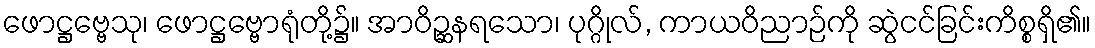
ဖောဋ္ဌဗ္ဗေသု၊ ဖောဋ္ဌဗ္ဗောရုံတို့၌။ အာဝိဉ္ဆနရသော၊ ပုဂ္ဂိုလ်, ကာယဝိညာဉ်ကို ဆွဲငင်ခြင်းကိစ္စရှိ၏။